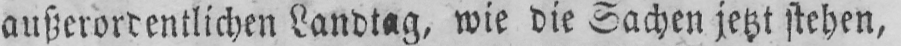
außerordentlichen Landtag, wie die Sachen jetzt stehen,